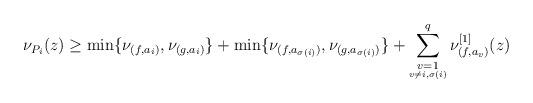
LaTeX: \begin{align*}\nu_{P_i}(z) \ge \min\{\nu_{(f,a_i)},\nu_{(g,a_i)}\}+\min\{\nu_{(f,a_{\sigma (i)})},\nu_{(g,a_{\sigma (i)})}\}+\sum_{\underset{v\ne i,\sigma (i)}{v=1}}^{q}\nu_{(f,a_v)}^{[1]}(z)\end{align*}